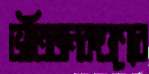
ভীতিজনকগুণ্যেব